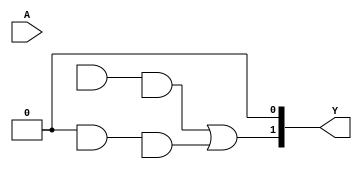
module SPAL (
    input wire [N-1:0] A, // Input signals
    output wire [M-1:0] Y // Output signals
);
    parameter N = 3; // Number of input signals (e.g., A, B, C)
    parameter M = 2; // Number of output signals (e.g., Y1, Y2)
    parameter P = 4; // Number of AND gates
    parameter Q = 2; // Number of OR gates

    // Programmable AND array
    wire [P-1:0] and_out; // Outputs from AND gates
    wire [N-1:0] and_inputs[P-1:0][N-1:0]; // Programmable connections

    // Example configuration for AND gates (can be modified for programmability)
    assign and_inputs[0] = {A[0], A[1], 1'b0}; // AND gate 0: A0 AND A1
    assign and_inputs[1] = {A[1], ~A[2], 1'b0}; // AND gate 1: A1 AND NOT A2
    assign and_inputs[2] = {A[0], ~A[1], A[2]}; // AND gate 2: A0 AND NOT A1 AND A2
    assign and_inputs[3] = {~A[0], A[2], 1'b0}; // AND gate 3: NOT A0 AND A2

    // Generate AND gates
    genvar i;
    generate
        for (i = 0; i < P; i = i + 1) begin : and_gates
            assign and_out[i] = and_inputs[i][0] & and_inputs[i][1] & and_inputs[i][2]; // AND operation
        end
    endgenerate

    // Fixed OR array
    assign Y[0] = and_out[0] | and_out[1]; // OR gate 0: Y1 = AND0 OR AND1
    assign Y[1] = and_out[2] | and_out[3]; // OR gate 1: Y2 = AND2 OR AND3

endmodule